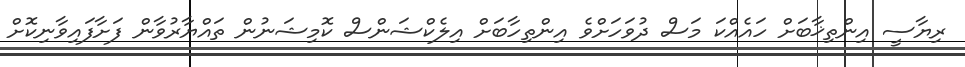
ރިޔާސީ އިންތިޚާބަށް ހައެއްކަ މަސް ދުވަހަށްވެ އިންތިހާބަށް އިލެކްޝަންސް ކޮމިޝަނުން ތައްޔާރުވާން ފަށާފައިވާނިކޮށް